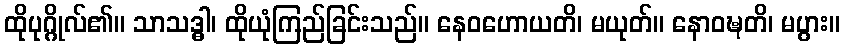
ထိုပုဂ္ဂိုလ်၏။ သာသဒ္ဓါ၊ ထိုယုံကြည်ခြင်းသည်။ နေဝဟောယတိ၊ မယုတ်။ နောဝဍ္ဎတိ၊ မပွား။